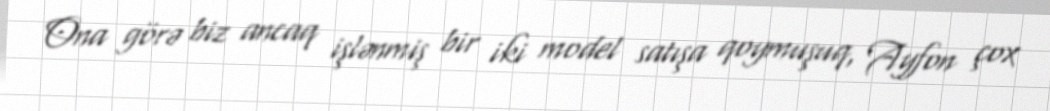
Ona görə biz ancaq işlənmiş bir iki model satışa qoymuşuq, Ayfon çox